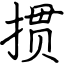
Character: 掼